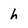
Character: h